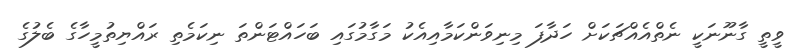
ވީތީ ގާނޫނަކީ ނެތްއެއްޗަކަށް ހަދާފަ މިނިވަންކަމާއިއެކު މަގާމުގައި ބަހައްޓަންތަ ނިކަމެތި ރައްޔިތުމީހާގެ ބެލުގެ